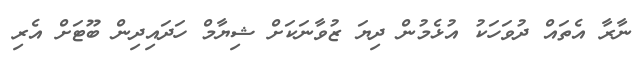
ނާރާ އެތައް ދުވަހަކު އުޅެމުން ދިޔަ ޒުވާނަކަށް ޝިޔާމް ހަދައިދިން ބޫޓަށް އެރި